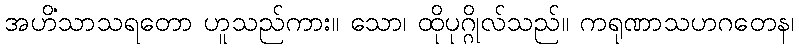
အဟိံသာသရတော ဟူသည်ကား။ သော၊ ထိုပုဂ္ဂိုလ်သည်။ ကရုဏာသဟဂတေန၊